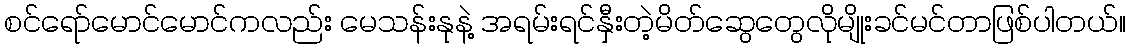
စင်ရော်မောင်မောင်ကလည်း မေသန်းနုနဲ့ အရမ်းရင်နှီးတဲ့မိတ်ဆွေတွေလိုမျိုးခင်မင်တာဖြစ်ပါတယ်။